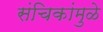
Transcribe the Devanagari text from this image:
संचिकांमुळे